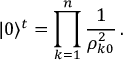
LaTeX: | 0 \rangle ^ { t } = \prod _ { k = 1 } ^ { n } \frac { 1 } { \rho _ { k 0 } ^ { 2 } } \, .